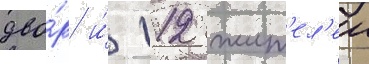
дво́р и́ 112 жит'ел'еи